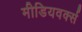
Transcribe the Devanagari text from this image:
मीडियवर्क्स